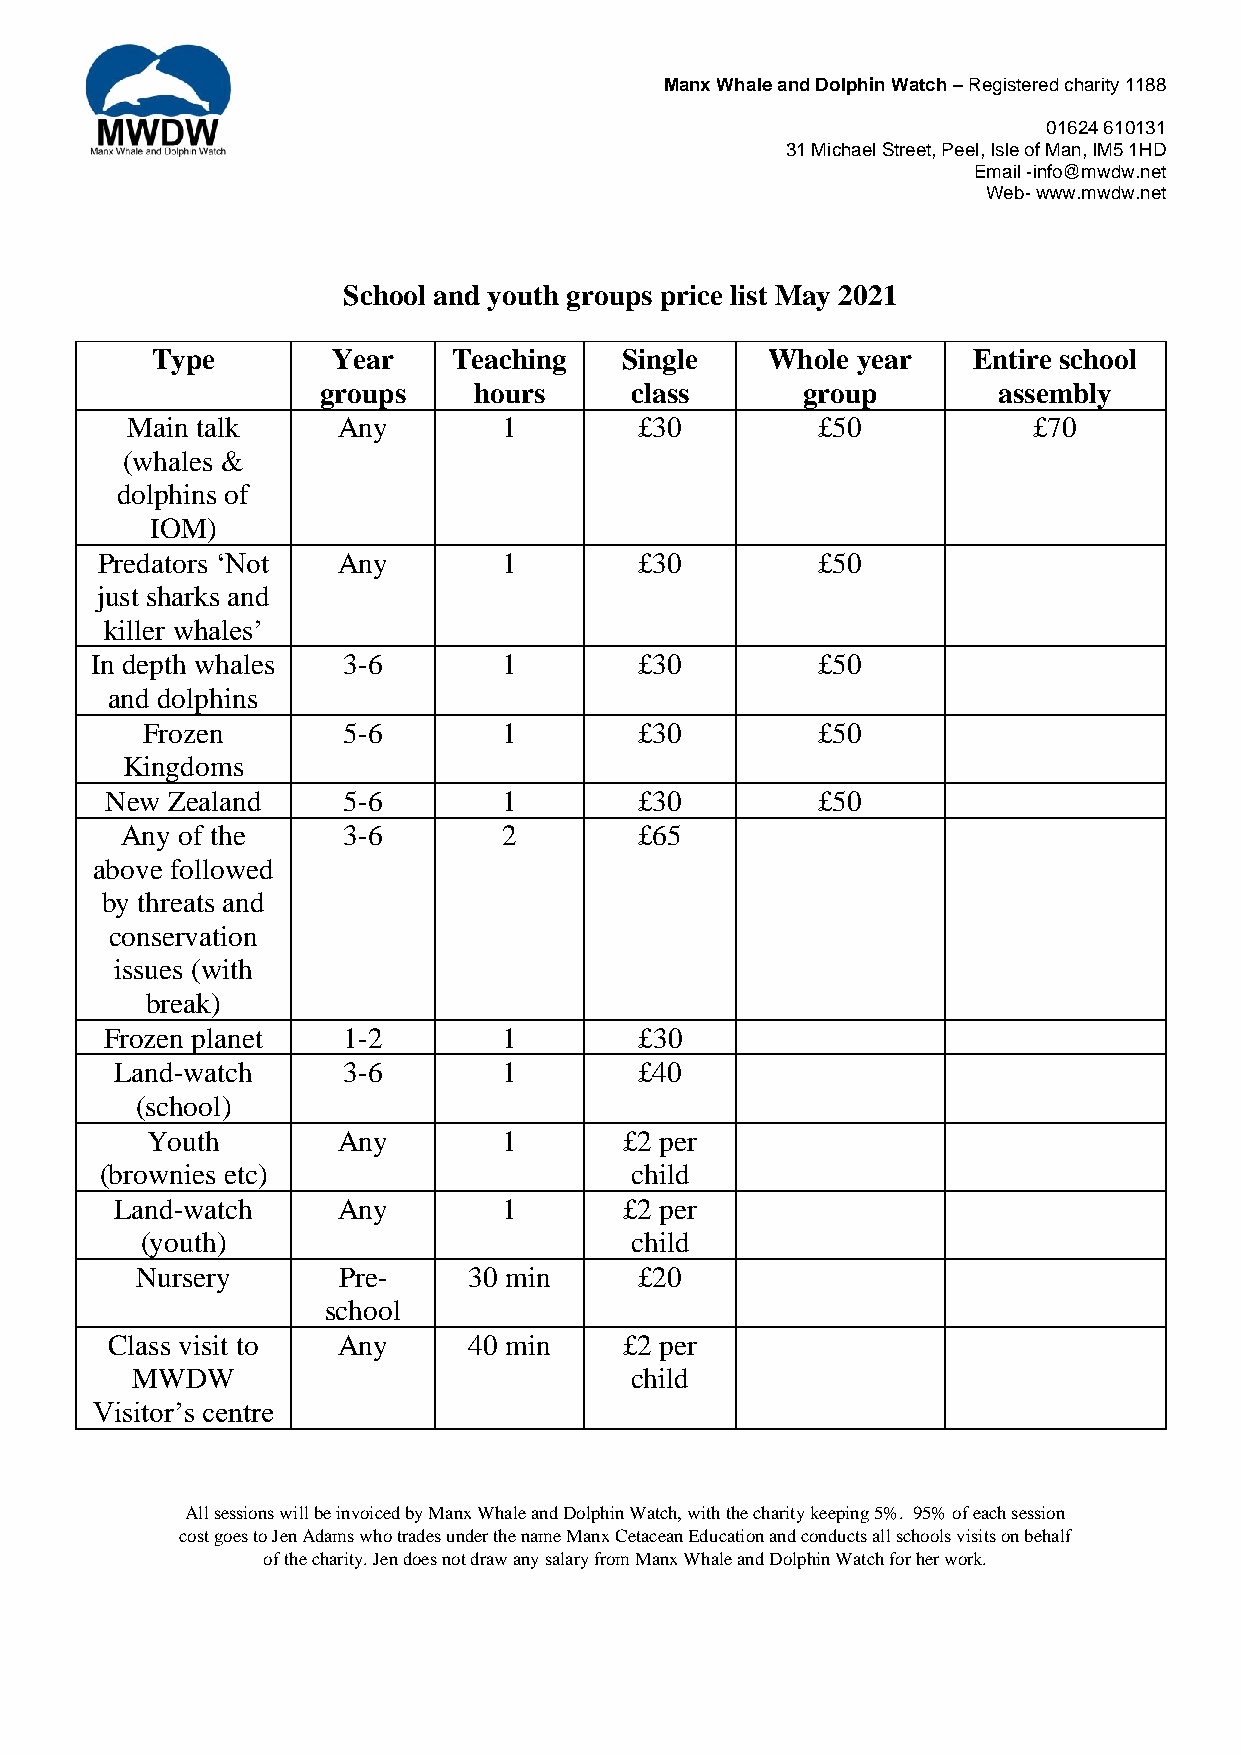
Manx Whale and Dolphin Watch – Registered charity 1188
 01624 610131
 31 Michael Street, Peel, Isle of Man, IM5 1HD
 Email -info@mwdw.net
 Web- www.mwdw.net
 School and youth groups price list May 2021
 Type        Year    Teaching   Single    Whole year   Entire school
 groups    hours      class      group        assembly
 Main talk     Any        1        £30         £50           £70
 (whales &
 dolphins of
 IOM)
 Predators ‘Not  Any        1        £30         £50
 just sharks and
 killer whales’
 In depth whales  3-6       1        £30         £50
 and dolphins
 Frozen        5-6       1        £30         £50
 Kingdoms
 New Zealand     5-6       1        £30         £50
 Any of the     3-6       2        £65
 above followed
 by threats and
 conservation
 issues (with
 break)
 Frozen planet   1-2       1        £30
 Land-watch     3-6       1        £40
 (school)
 Youth       Any        1       £2 per
 (brownies etc)                     child
 Land-watch    Any        1       £2 per
 (youth)                          child
 Nursery      Pre-     30 min     £20
 school
 Class visit to Any      40 min    £2 per
 MWDW                             child
 Visitor’s centre
 All sessions will be invoiced by Manx Whale and Dolphin Watch, with the charity keeping 5%. 95% of each session
 cost goes to Jen Adams who trades under the name Manx Cetacean Education and conducts all schools visits on behalf
 of the charity. Jen does not draw any salary from Manx Whale and Dolphin Watch for her work.